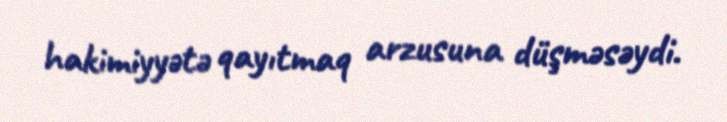
hakimiyyətə qayıtmaq arzusuna düşməsəydi.